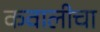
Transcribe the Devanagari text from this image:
कवालीचा